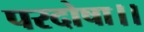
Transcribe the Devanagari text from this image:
परदोषा।।